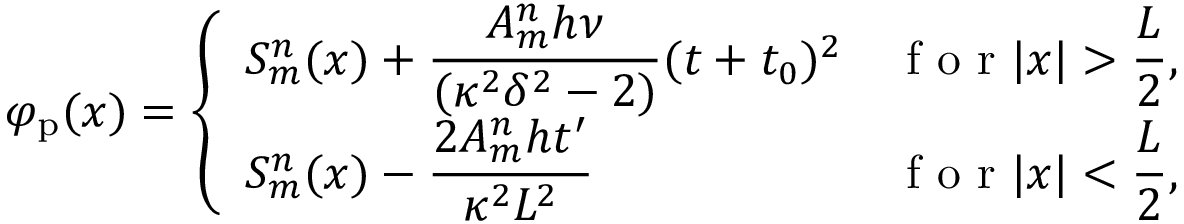
\varphi _ { \mathrm { p } } ( x ) = \left\{ \begin{array} { l l } { \displaystyle S _ { m } ^ { n } ( x ) + \frac { A _ { m } ^ { n } h \nu } { ( \kappa ^ { 2 } \delta ^ { 2 } - 2 ) } ( t + t _ { 0 } ) ^ { 2 } } & { \displaystyle \textrm { f o r } | x | > \frac { L } { 2 } , } \\ { \displaystyle S _ { m } ^ { n } ( x ) - \frac { 2 A _ { m } ^ { n } h t ^ { \prime } } { \kappa ^ { 2 } L ^ { 2 } } } & { \displaystyle \textrm { f o r } | x | < \frac { L } { 2 } , } \end{array} \right.